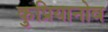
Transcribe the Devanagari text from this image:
कुप्रियानोव